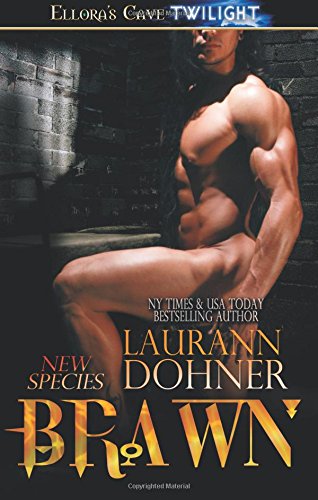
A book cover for Brawn (New Species) (Volume 5) (Swedish Edition); Laurann Dohner; Romance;